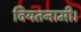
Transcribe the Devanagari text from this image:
वियतनामी।